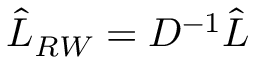
\hat { L } _ { R W } = D ^ { - 1 } \hat { L }